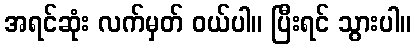
အရင်ဆုံး လက်မှတ် ဝယ်ပါ။ ပြီးရင် သွားပါ။